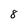
Character: 8